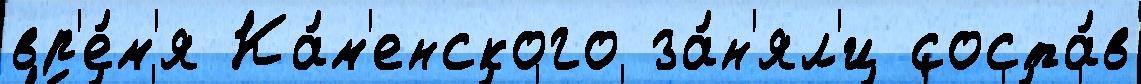
вр'е́м'я Ка́м'енского за́н'ял'и соста́в